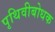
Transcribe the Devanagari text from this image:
पृथिवीबोधक